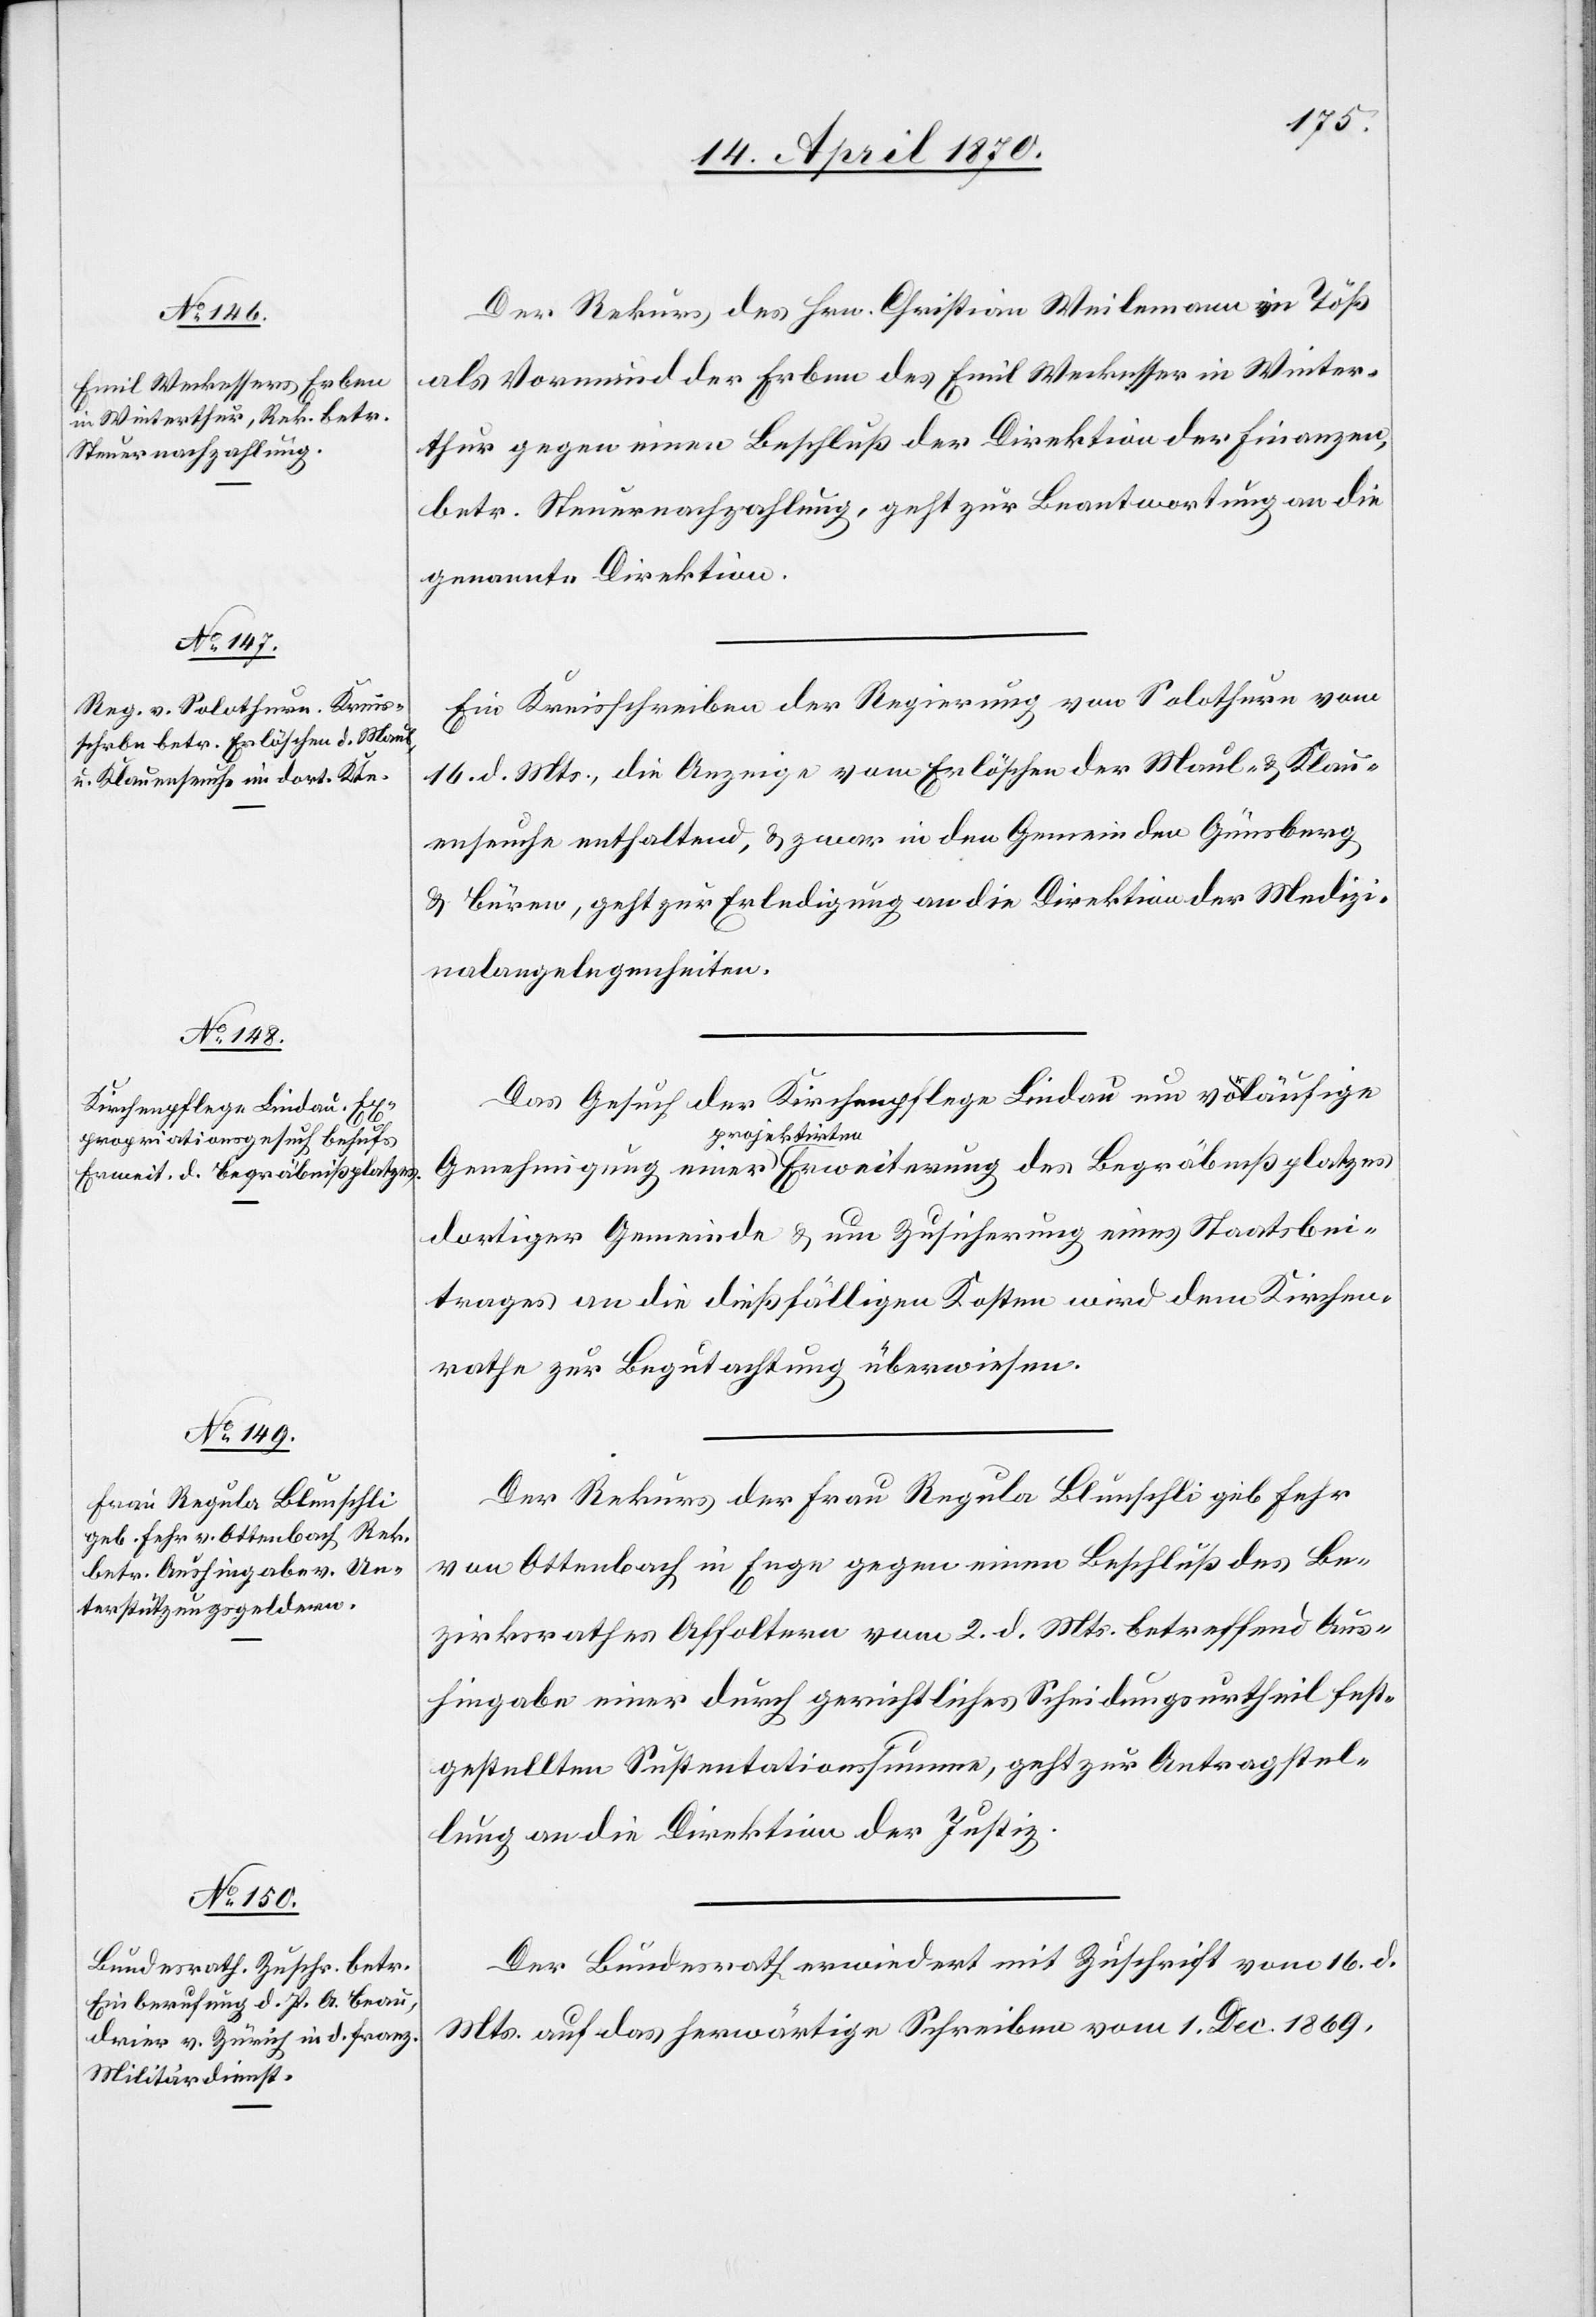
Erweiterung des Begräbnißplatzes

19. April 1870.]
Der Rekurs des Hrn. Christian Weilenmann in Töß
als Vormund der Erben des Emil Weckesser in Winter¬
thur gegen einen Beschluß der Direktion der Finanzen,
betr. Steuernachzahlung, geht zur Beantwortung an die
genannte Direktion.
Ein Kreisschreiben der Regierung von Solothurn vom
16. d. Mts., die Anzeige vom Erlöschen der Mail- & Klau¬
enseuche enthaltend, & zwar in den Gemeinden Günsberg
& Büren, geht zur Erledigung an die Direktion der Medizi¬
nalangelegenheiten.
Das Gesuch der Kirchenpflege Lindau um vorläufige
a-projektirten-a
dortiger Gemeinde & um Zusicherung eines Staatsbei¬
trages an die dießfälligen Kosten wird dem Kirchen¬
rathe zur Begutachtung überwiesen.
Der Rekurs der Frau Regula Blunschli geb. Fehr
von Ottenbach in Enge gegen einen Beschluß des Be¬
zirksrathes Affoltern vom 2. d. Mts. betreffend Aus¬
hingabe einer durch gerichtliches Scheidungsurtheil fest¬
gestellten Sustentationssumme, geht zur Antragstel¬
lung an die Direktion der Justiz.
Der Bundesrath erwiedert mit Zuschrift vom 16. d.
Mts. auf das herwärtige Schreiben vom 1. Dec. 1869